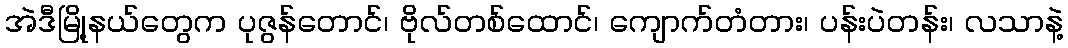
အဲဒီမြို့နယ်တွေက ပုဇွန်တောင်၊ ဗိုလ်တစ်ထောင်၊ ကျောက်တံတား၊ ပန်းပဲတန်း၊ လသာနဲ့